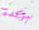
مؤكدة